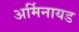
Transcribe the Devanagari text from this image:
अर्मिनायड